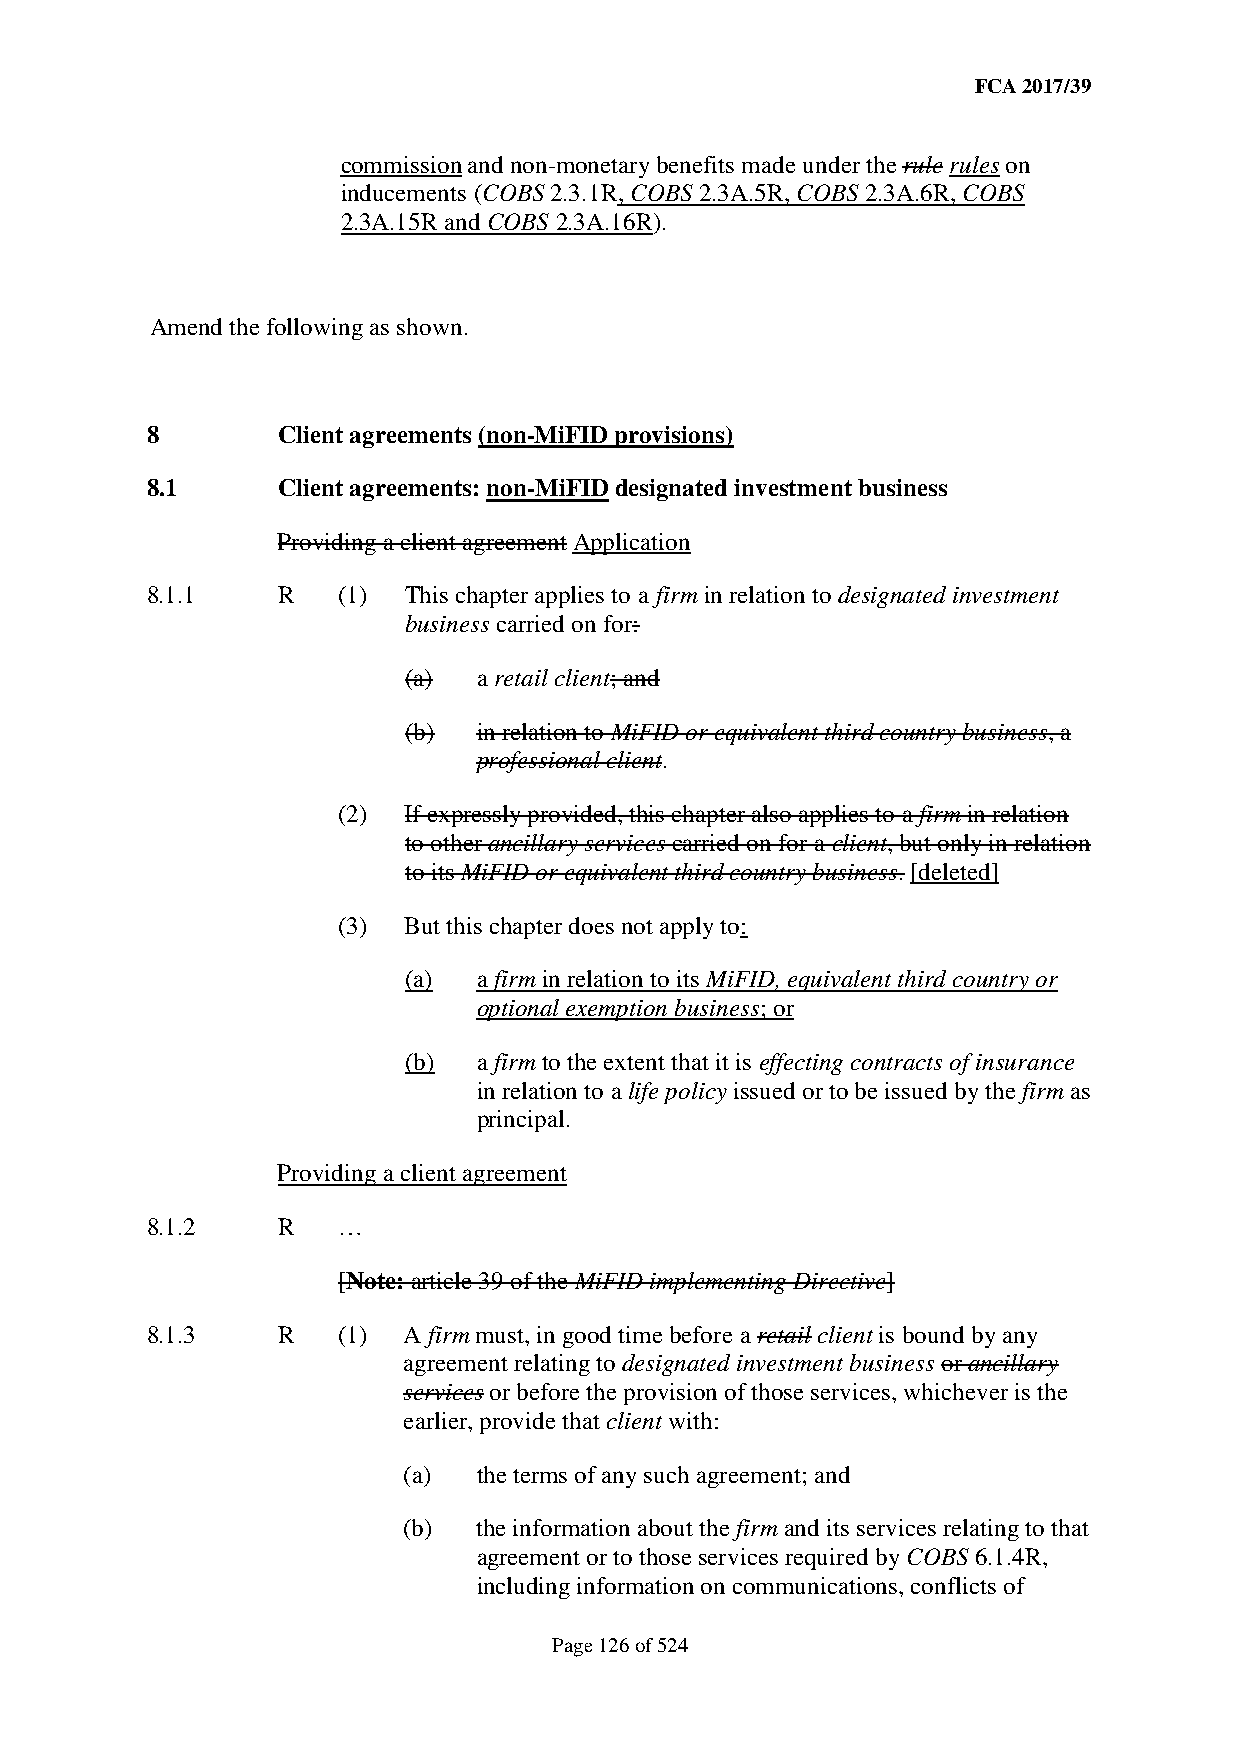
FCA 2017/39
 commission and non-monetary benefits made under the rule rules on
 inducements (COBS 2.3.1R, COBS 2.3A.5R, COBS 2.3A.6R, COBS
 2.3A.15R and COBS 2.3A.16R).
 Amend the following as shown.
 8       Client agreements (non-MiFID provisions)
 8.1     Client agreements: non-MiFID designated investment business
 Providing a client agreement Application
 8.1.1   R   (1)  This chapter applies to a firm in relation to designated investment
 business carried on for:
 (a)  a retail client; and
 (b)  in relation to MiFID or equivalent third country business, a
 professional client.
 (2)  If expressly provided, this chapter also applies to a firm in relation
 to other ancillary services carried on for a client, but only in relation
 to its MiFID or equivalent third country business. [deleted]
 (3)  But this chapter does not apply to:
 (a)  a firm in relation to its MiFID, equivalent third country or
 optional exemption business; or
 (b)  a firm to the extent that it is effecting contracts of insurance
 in relation to a life policy issued or to be issued by the firm as
 principal.
 Providing a client agreement
 8.1.2   R   …
 [Note: article 39 of the MiFID implementing Directive]
 8.1.3   R   (1)  A firm must, in good time before a retail client is bound by any
 agreement relating to designated investment business or ancillary
 services or before the provision of those services, whichever is the
 earlier, provide that client with:
 (a)  the terms of any such agreement; and
 (b)  the information about the firm and its services relating to that
 agreement or to those services required by COBS 6.1.4R,
 including information on communications, conflicts of
 Page 126 of 524